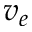
v _ { e }